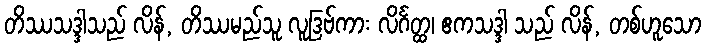
တိဿသဒ္ဒါသည် လိန်, တိဿမည်သူ လူဒြဗ်ကား လိင်္ဂတ္ထ၊ ဧကသဒ္ဒါ သည် လိန်, တစ်ဟူသော